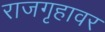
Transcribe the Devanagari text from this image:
राजगृहावर